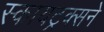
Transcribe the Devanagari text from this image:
स्कायट्रक्सने